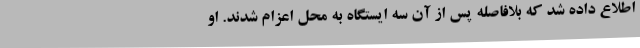
اطلاع داده شد که بلافاصله پس از آن سه ایستگاه به محل اعزام شدند. او